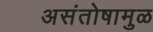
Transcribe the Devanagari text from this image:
असंतोषामुळ